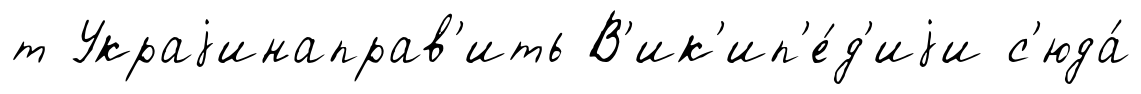
т Украjинаправ'ить В'ик'ип'е́д'иjи с'юда́